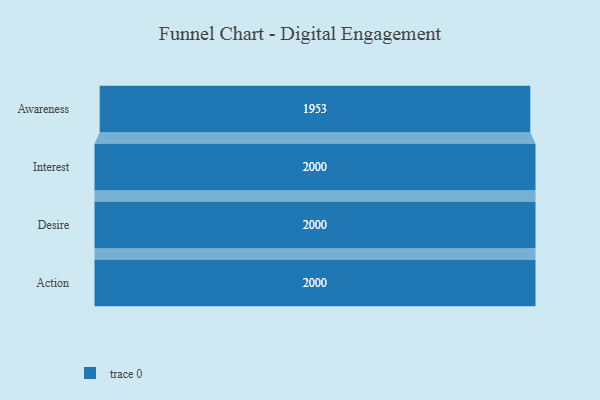
{"axis": {"x": "Stage", "y": "Value"}, "legend": [""], "data": [{"x": "Awareness", "y": 1953.0, "type": ""}, {"x": "Interest", "y": 2000, "type": ""}, {"x": "Desire", "y": 2000, "type": ""}, {"x": "Action", "y": 2000, "type": ""}]}